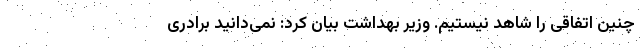
چنین اتفاقی را شاهد نیستیم. وزیر بهداشت بیان کرد: نمی‌دانید برادری